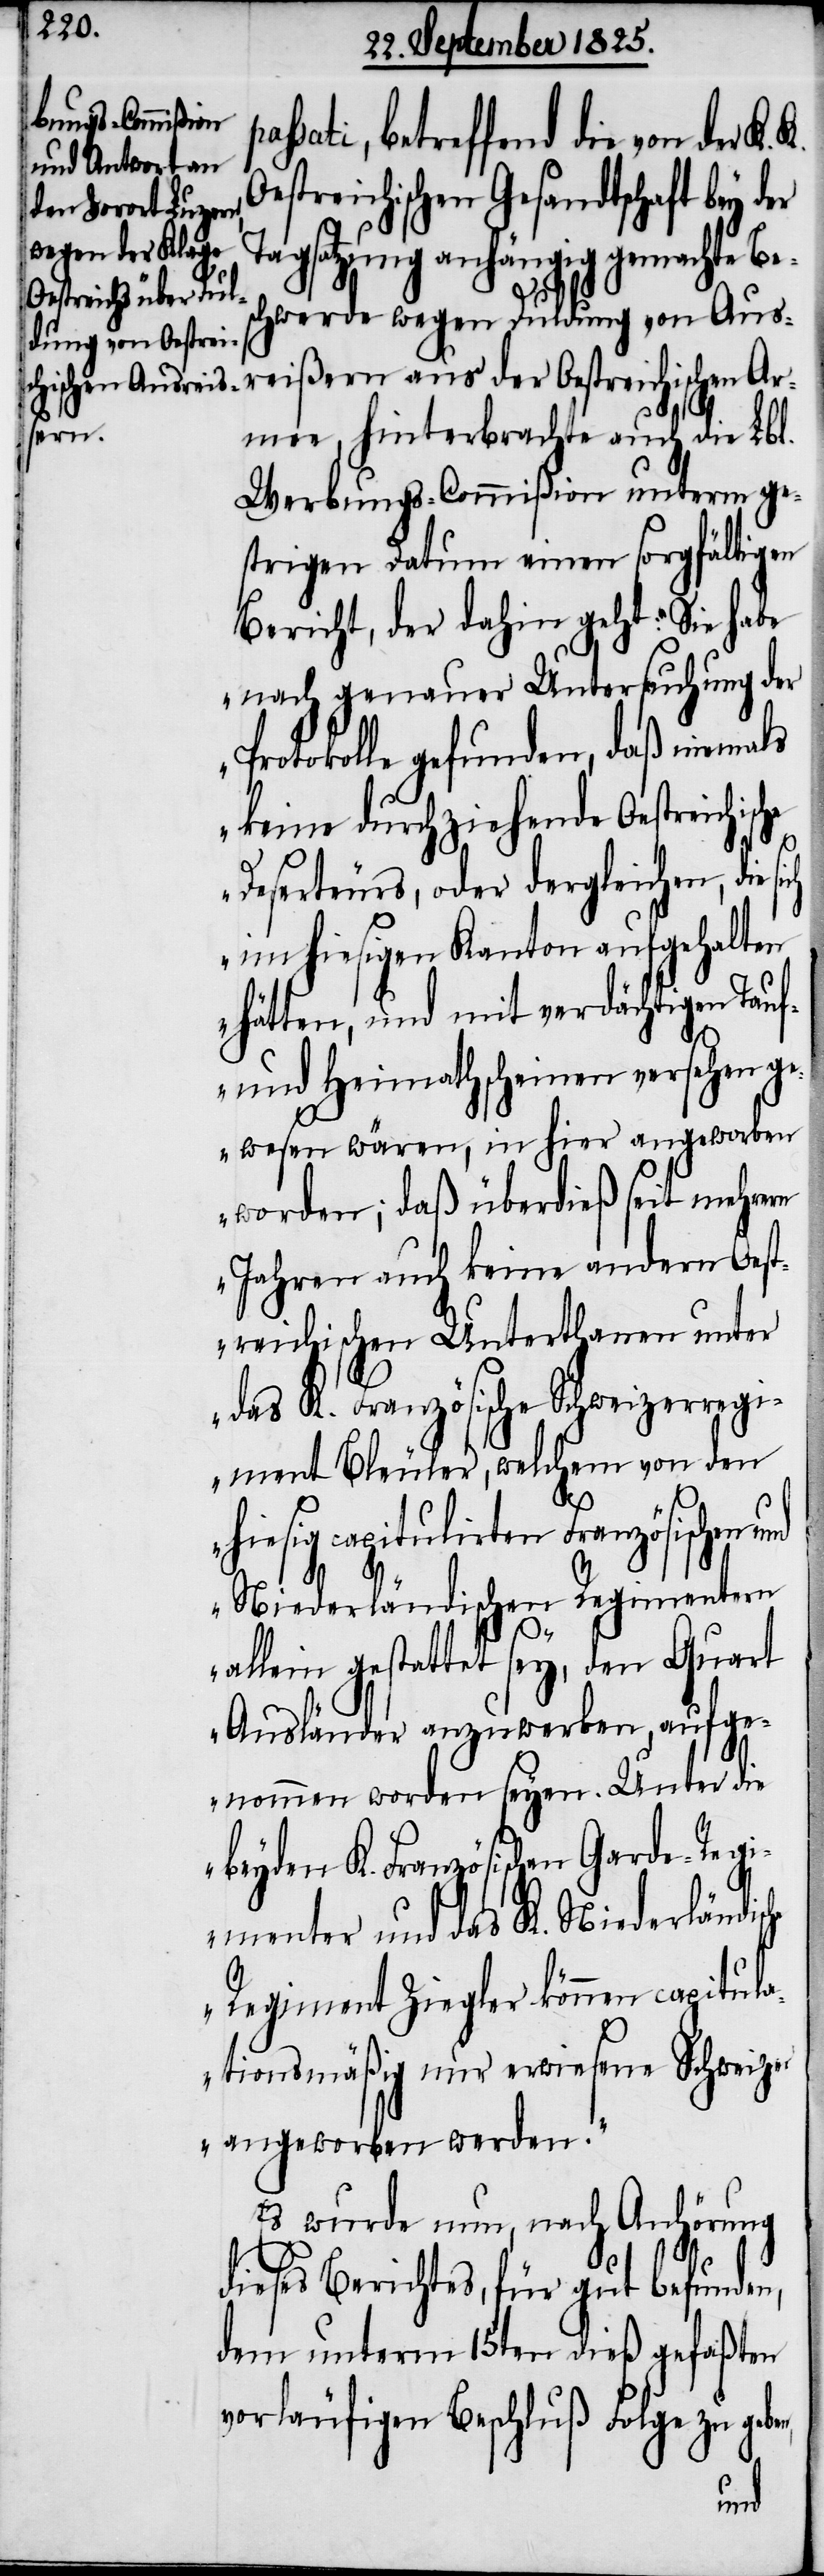
sati, betreffend die von der K.
treichischen Gesandtschaft bey
Tagsatzung anhängig gemachte Be¬
schwerde wegen Duldung von Aus¬
reißern aus der oestreichischen Ar¬
mee, hinterbrachte auch die Lbl.
Werbungs-Commißion unterm ge¬
strigen Datum einen sorgfältigen
Bericht, der dahin geht: „Sie habe
nach genauer Untersuchung der
Protokolle gefunden, daß niemals
keine durchziehende Oestreichische
Deserteurs, oder dergleichen, die
im hiesigen Kanton aufgehalten
hätten, und mit verdächtigen Tauf-
und Heimathscheinen versehen
gewesen wären, in hier angeworben
worden; daß überdieß seit mehrern
Jahren auch keine andern Oest¬
reichischen Unterthanen unter
das K. Französische Schweizerregi¬
ment Bleuler, welchem von den
hiesig capitulirten Französischen
he
Niederländischen Regimentern
allein gestattet sey, den Quart
Ausländer anzuwerben, aufge¬
nommen worden seyen. Unter die
beyden K. Französischen Garde-Regi¬
menter und das K. Niederländisc¬
Regiment Ziegler können capitula¬
tionsmäßig nur erwiesene Schweizer
angeworben werden.“
Es wurde nun, nach Anhörung
dieses Berichtes, für gut befunden,
dem unterm 15ten dieß gefaßten
vorläufigen Beschluß Folge zu ge¬
ben,